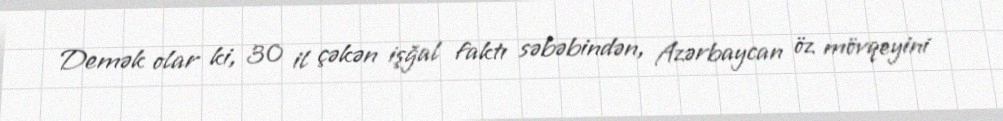
Demək olar ki, 30 il çəkən işğal faktı səbəbindən, Azərbaycan öz mövqeyini